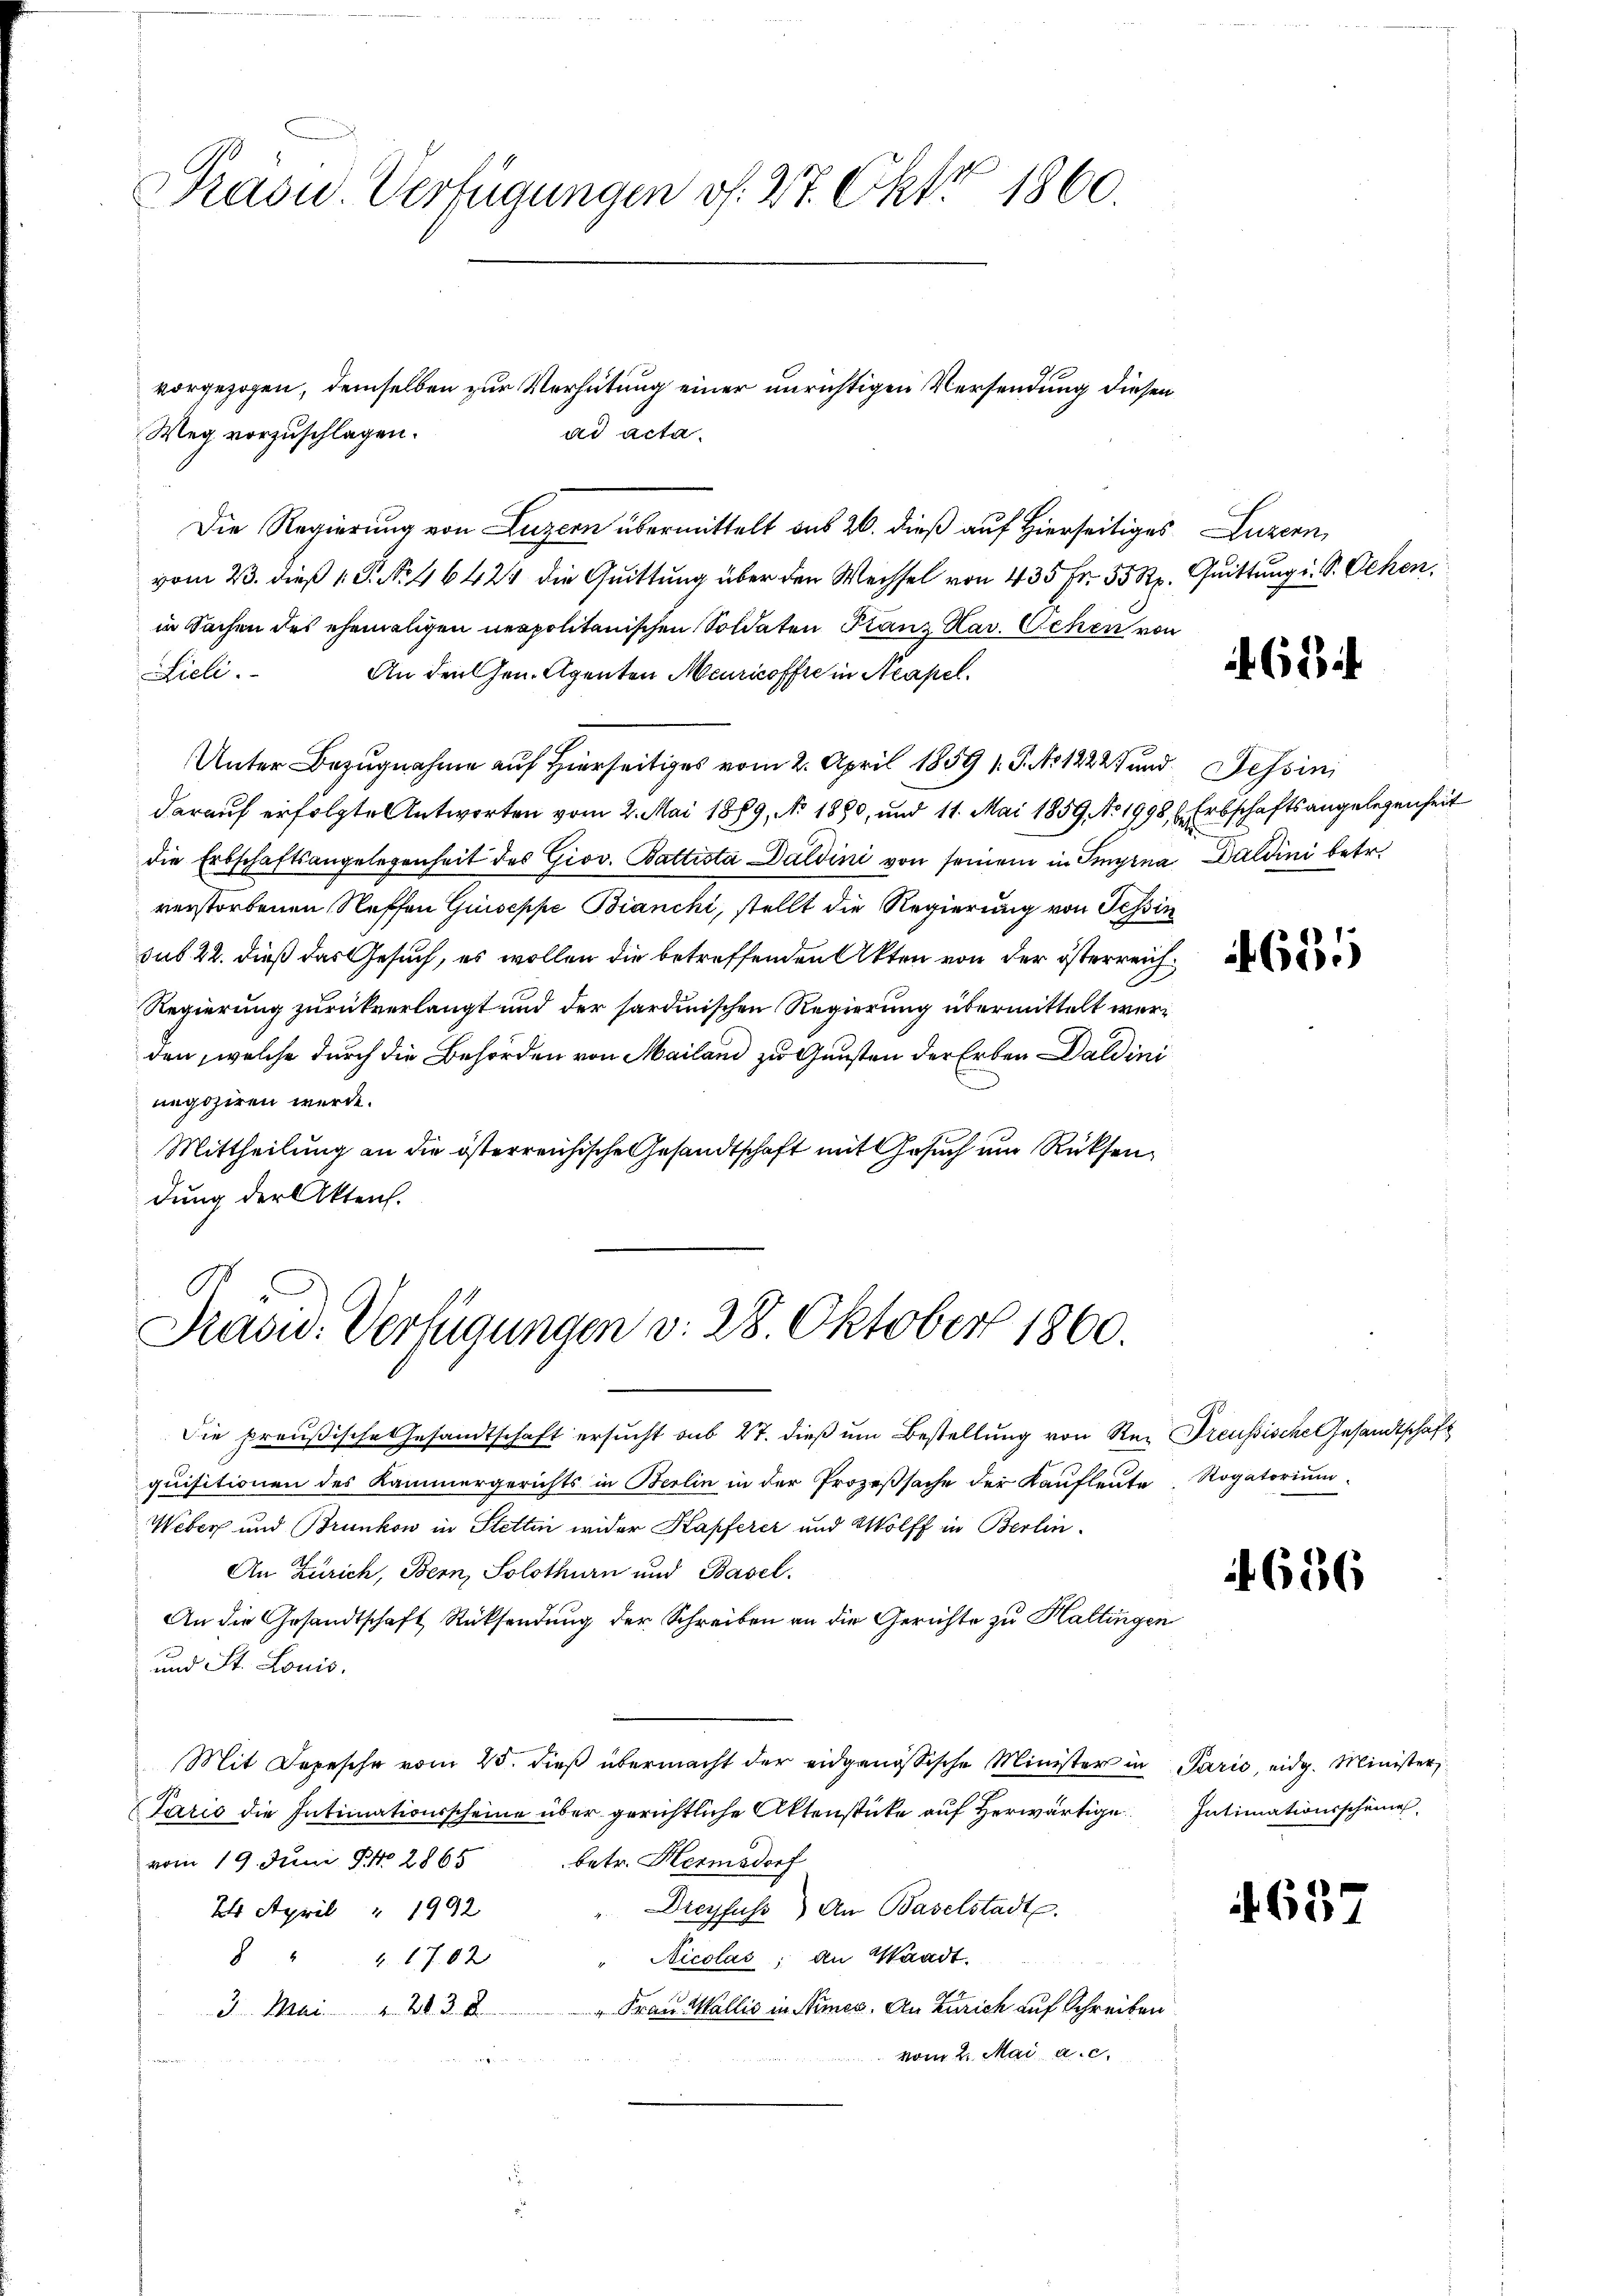
Präsu. Verfügungen d. 27. Okt 1860.

Weg vorzuschlagen.
Die Regierung von Luzern übermittelt aus 20. dieß auf Hierseitiges
vom 23. dieß P. Nr. 46424 die Quittung über den Wechsel von 435 Fr. 55 Rp. Quittung i. S. Ocken.
in Sachen des ehemaligen neapolitanischen Soldaten Planz Hav. Sehen von
rieli.
An den Gen. Agenten Meuricoffre in Neapel.
Unter Bezugnahme auf Hierseits vom 2. April 1859 s. S. No 1222) und Tessini
darauf erfolgte Antworten vom 2. Mai 1889, No 1890, und 11. Mai 1859 No 1998, Erbschaftsangelegenheit
die Erbschaftsangelegenheit des Giov. Battista Daldini von seinem in Sigina Daldini betr.
verstorbenen Neffen Guiseppe Bianchi, stellt die Regierung von Tessin
sub. 22. dieß das Gesuch, es wollen die betreffenden Akten von der österreich¬
Regierung zurückverlangt und der sardinischen Regierung übermittelt werden, welche durch die Behörden von Mailand zu Gunsten der Erben Daldini
negoziren würde.
Mittheilung an die österreichische Gesandtschaft mit Gesuch um Rücksendung der Akten.

vorgezogen, demselben zur Verhütung einer unrichtigen Versendung diesen
ad acta.

Pasu. Verfügungen v. 28. Oktober 1860.

Die preußische Gesandtschaft ersucht aus 27. dieß um Bestellung von Rez Preußische Gesandtschaft
quisitionen des Kammergerichts in Berlin in der Prozeβsache der Kaufleute Rogatoriŭm
Weber und Brunken in Stettin wider Kapferer und Wolff in Berlin-
An Zürich, Bern, Solothurn und Basel.
An die Gesandtschaft Rücksendung der Schreiben an die Gerichte zu Haltingen
und St. Louis.
Mit Depesche vom 25. dieß übermacht der eidgenössische Minister in Paris, eidg. Minister,
Paris die Intimationsscheine über gerichtliche Aktenstücke auf Herwärtige
vom 19. Juni No 2865
betr. Hermadorf
Dreyfuss) An Baselstadt.
24 April " 1992
Nicolas; an Waadt.
82. 1702
3 Mai " 203 2 " Frau Wallis in Numer. An Zürich auf Schreiben
vom 2. Mai a.c.

Luzern

694.

655

656

Intimationsscheine

f 637